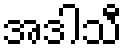
အဒါသီ